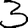
Digit: 3